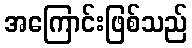
အကြောင်းဖြစ်သည်